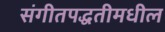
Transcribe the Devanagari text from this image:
संगीतपद्धतीमधील